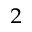
^ 2